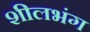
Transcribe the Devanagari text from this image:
शीलभंग